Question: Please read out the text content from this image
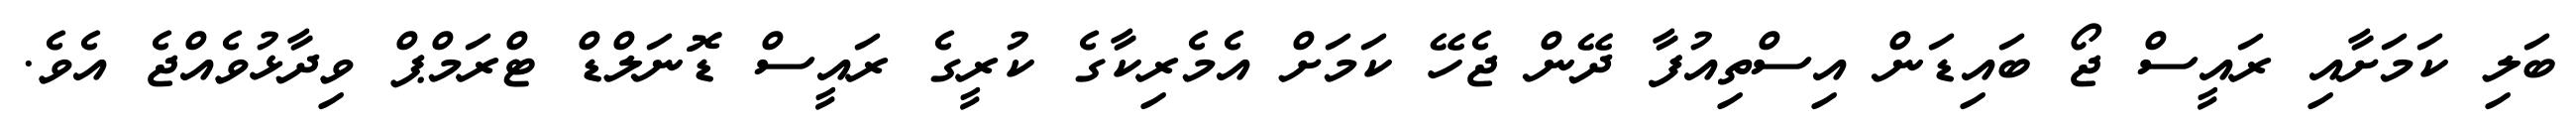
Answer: ބަލި ކަމަށާއި ރައީސް ޖޯ ބައިޑަން އިސްތިއުފާ ދޭން ޖެހޭ ކަމަށް އެމެރިކާގެ ކުރީގެ ރައީސް ޑޮނަލްޑް ޓްރަމްޕް ވިދާޅުވެއްޖެ އެވެ.